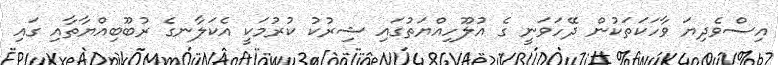
އިސްވެދިޔަ ވާހަކަތަކުން ދޭހަވަނީ ގެ އުލޫހިއްޔަތުގައި ޝިރުކު ކުރުމަކީ އެކަލާނގެ ރުބޫބިއްޔާތާއި ގައި